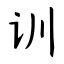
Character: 训